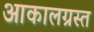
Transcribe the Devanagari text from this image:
आकालग्रस्त